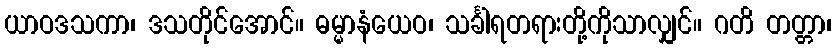
ယာဝဒသကာ၊ ဒသတိုင်အောင်။ ဓမ္မာနံယေဝ၊ သင်္ခါရတရားတို့ကိုသာလျှင်။ ဂတိ တတ္တာ၊